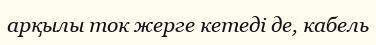
арқылы ток жерге кетеді де, кабель